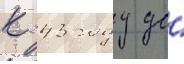
к 43 году до́